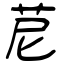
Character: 苨